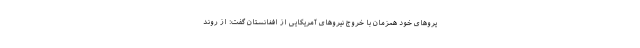
یروهای خود همزمان با خروج نیروهای آمریکایی از افغانستان گفت: از روند